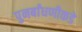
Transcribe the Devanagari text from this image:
पुनर्बांधणीकडे